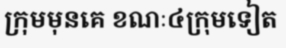
ក្រុមមុនគេ ខណៈ៤ក្រុមទៀត